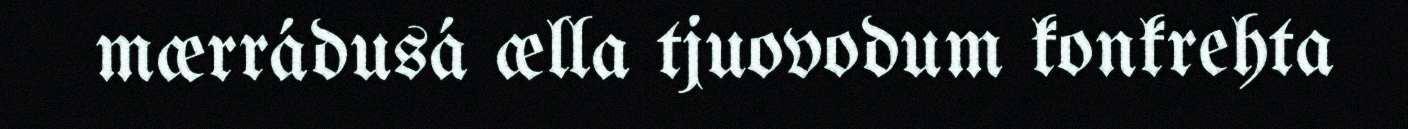
mærrádusá ælla tjuovodum konkrehta